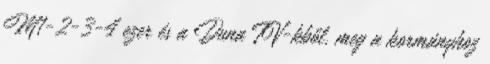
M1-2-3-4 ezer és a Duna TV-kből, meg a kormányhoz